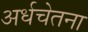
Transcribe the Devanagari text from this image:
अर्धचेतना